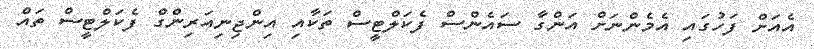
އެއަށް ފަހުގައި އެމެންނަށް އަންގާ ސައެންސް ފެކަލްޓީސް ތަކާއި އިންޖިނިއަރިންގް ފެކަލްޓީސް ތައް